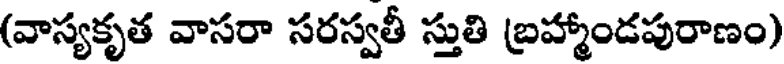
(వాస్యకృత వాసరా సరస్వతీ స్తుతి బ్రహ్మాండపురాణం)